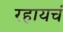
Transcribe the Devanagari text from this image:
रहायचं